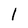
Character: l